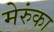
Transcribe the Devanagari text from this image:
मेरुंका